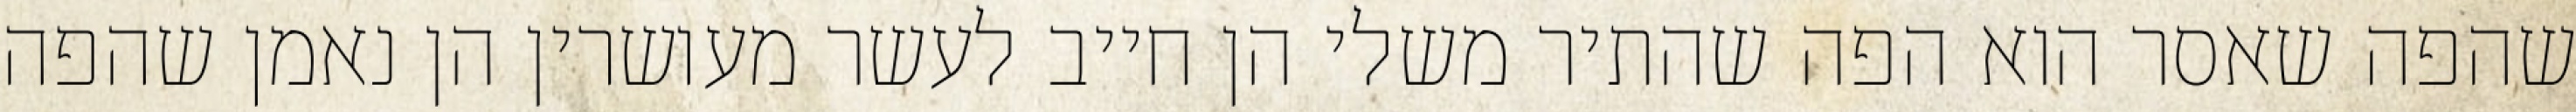
שהפה שאסר הוא הפה שהתיר משלי הן חייב לעשר מעושרין הן נאמן שהפה